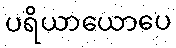
ပရိယာယောပေ